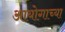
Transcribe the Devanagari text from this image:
आयोगाच्‍या